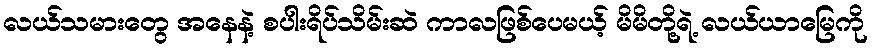
လယ်သမားတွေ အနေနဲ့ စပါးရိပ်သိမ်းဆဲ ကာလဖြစ်ပေမယ့် မိမိတို့ရဲ့ လယ်ယာမြေကို